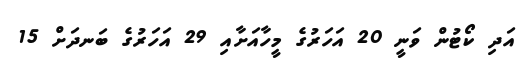
އަދި ކޯޓުން ވަނީ 20 އަހަރުގެ މީހާއަށާއި 29 އަހަރުގެ ބަނދަށް 15